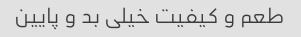
طعم و کیفیت خیلی بد و پایین